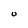
Character: U